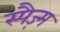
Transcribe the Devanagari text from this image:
स्पैज़्म